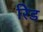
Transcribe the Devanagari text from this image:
रेिड